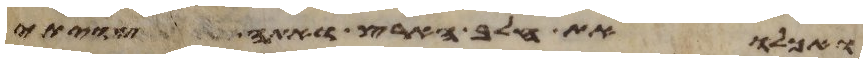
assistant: ואכלו את חלב הארץ ואתה צויתי